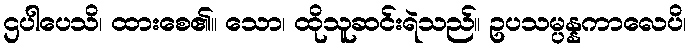
ဌပါပေသိ၊ ထားစေ၏။ သော၊ ထိုသူဆင်းရဲသည်။ ဥပသမ္ပန္နကာလေပိ၊